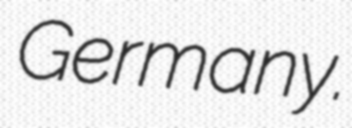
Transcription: Germany.